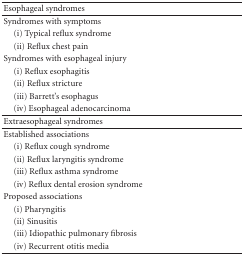
<table><thead><tr><td><b>Esophageal syndromes</b></td></tr></thead><tbody><tr><td>Syndromes with symptoms</td></tr><tr><td> (i) Typical reflux syndrome</td></tr><tr><td> (ii) Reflux chest pain</td></tr><tr><td>Syndromes with esophageal injury</td></tr><tr><td> (i) Reflux esophagitis</td></tr><tr><td> (ii) Reflux stricture</td></tr><tr><td> (iii) Barrett&#x27;s esophagus</td></tr><tr><td> (iv) Esophageal adenocarcinoma</td></tr><tr><td>Extraesophageal syndromes</td></tr><tr><td>Established associations</td></tr><tr><td> (i) Reflux cough syndrome</td></tr><tr><td> (ii) Reflux laryngitis syndrome</td></tr><tr><td> (iii) Reflux asthma syndrome</td></tr><tr><td> (iv) Reflux dental erosion syndrome</td></tr><tr><td>Proposed associations</td></tr><tr><td> (i) Pharyngitis</td></tr><tr><td> (ii) Sinusitis</td></tr><tr><td> (iii) Idiopathic pulmonary fibrosis</td></tr><tr><td> (iv) Recurrent otitis media</td></tr></tbody></table>